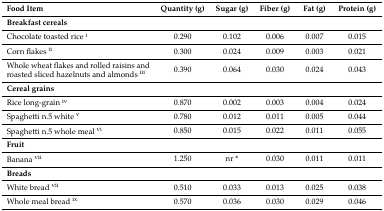
<table><thead><tr><td><b>Food Item</b></td><td><b>Quantity (g)</b></td><td><b>Sugar (g)</b></td><td><b>Fiber (g)</b></td><td><b>Fat (g)</b></td><td><b>Protein (g)</b></td></tr></thead><tbody><tr><td><b>Breakfast cereals</b></td><td colspan="5"></td></tr><tr><td>Chocolate toasted rice <sup>i</sup></td><td>0.290</td><td>0.102</td><td>0.006</td><td>0.007</td><td>0.015</td></tr><tr><td>Corn flakes <sup>ii</sup></td><td>0.300</td><td>0.024</td><td>0.009</td><td>0.003</td><td>0.021</td></tr><tr><td>Whole wheat flakes and rolled raisins and roasted sliced hazelnuts and almonds <sup>iii</sup></td><td>0.390</td><td>0.064</td><td>0.030</td><td>0.024</td><td>0.043</td></tr><tr><td><b>Cereal grains</b></td><td colspan="5"></td></tr><tr><td>Rice long-grain <sup>iv</sup></td><td>0.870</td><td>0.002</td><td>0.003</td><td>0.004</td><td>0.024</td></tr><tr><td>Spaghetti n.5 white <sup>v</sup></td><td>0.780</td><td>0.012</td><td>0.011</td><td>0.005</td><td>0.044</td></tr><tr><td>Spaghetti n.5 whole meal <sup>vi</sup></td><td>0.850</td><td>0.015</td><td>0.022</td><td>0.011</td><td>0.055</td></tr><tr><td><b>Fruit</b></td><td colspan="5"></td></tr><tr><td>Banana <sup>vii</sup></td><td>1.250</td><td>nr *</td><td>0.030</td><td>0.011</td><td>0.011</td></tr><tr><td><b>Breads</b></td><td colspan="5"></td></tr><tr><td>White bread <sup>vii</sup></td><td>0.510</td><td>0.033</td><td>0.013</td><td>0.025</td><td>0.038</td></tr><tr><td>Whole meal bread <sup>ix</sup></td><td>0.570</td><td>0.036</td><td>0.030</td><td>0.029</td><td>0.046</td></tr></tbody></table>